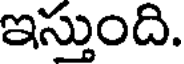
ఇస్తుంది.